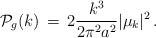
\begin{align*}{\cal P}_g(k) \, = \, 2 {{k^3} \over {2 \pi^2a^2}}\vert \mu_k \vert ^2\, .\end{align*}